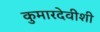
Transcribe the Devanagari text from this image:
कुमारदेवीशी